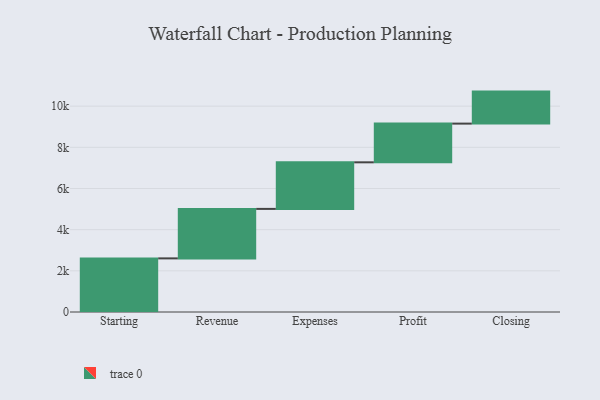
{"axis": {"x": "Step", "y": "Value"}, "legend": [""], "data": [{"x": "Starting", "y": 2605.0, "type": ""}, {"x": "Revenue", "y": 2404.0, "type": ""}, {"x": "Expenses", "y": 2263.0, "type": ""}, {"x": "Profit", "y": 1881.0, "type": ""}, {"x": "Closing", "y": 1555.0, "type": ""}]}